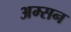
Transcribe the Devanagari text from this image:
अम्सन